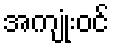
အကျုံးဝင်